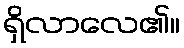
ရှိလာလေ၏။